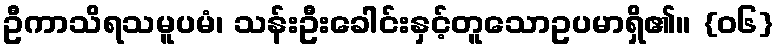
ဦကာသိရသမူပမံ၊ သန်းဦးခေါင်းနှင့်တူသောဥပမာရှိ၏။ {၀၆}